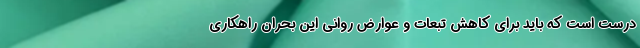
درست است که باید برای کاهش تبعات و عوارض روانی این بحران راهکاری